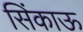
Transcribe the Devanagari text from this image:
सिंकाऊ